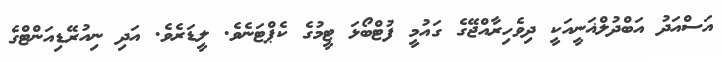
އަސްއަދު އަބްދުލްޣަނީއަކީ ދިވެހިރާއްޖޭގެ ގައުމީ ފުޓްބޯޅަ ޓީމުގެ ކެޕްޓަނެވެ. ލީޑަރެވެ. އަދި ނިއުރޭޑިއަންޓްގެ